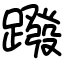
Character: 蹳